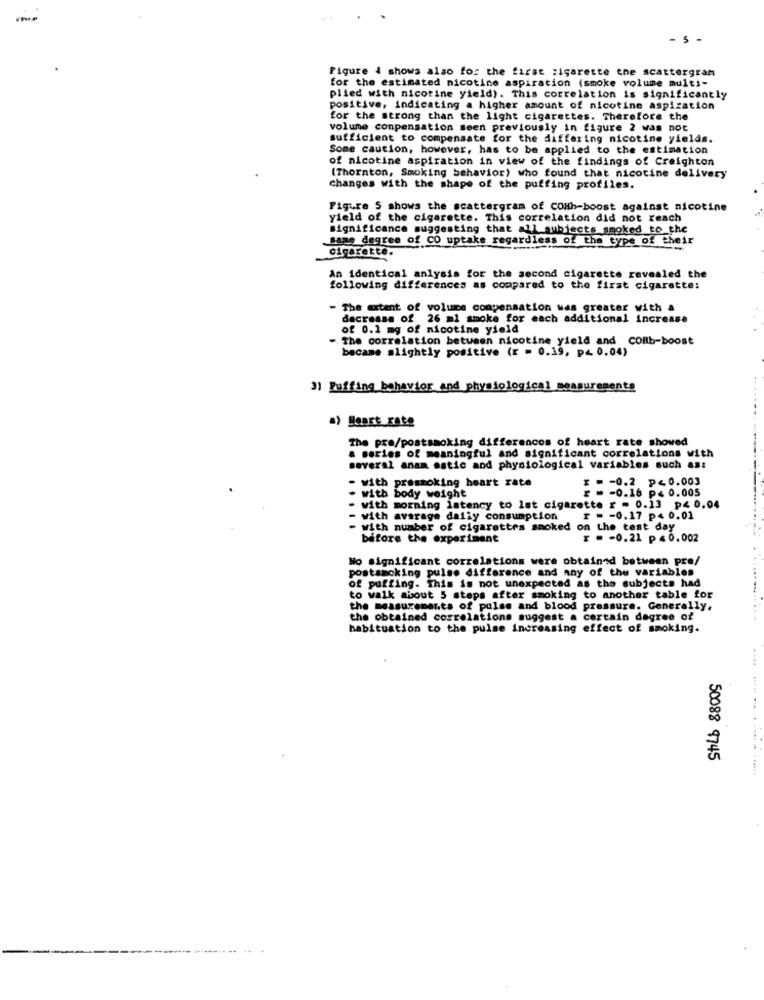
-5
Figure 4 shows also for the first zigarette the scattergram
for the estimated nicotine aspiration (smoke volume multi-
plied with nicotine yield). This correlation is significantly
positive, indicating a higher amount of nicotine aspiration
for the strong than the light cigarettes. Therefore the
volume compensation seen previously in figure 2 was not
sufficient to compensate for the differing nicotine yields.
Some caution, however, has to be applied to the estimation
of nicotine aspiration in view of the findings of Creighton
(Thornton, Smoking behavior) who found that nicotine delivery
changes with the shape of the puffing profiles.
Figure 5 shows the scattergram of CONh-boost against nicotine
yield of the cigarette. This correlation did not reach
significance suggesting that all subjects_smoked to_the
Same degree of CO uptake regardless of the type of their
cigarette.
An identical anlysis for the second cigarette revealed the
following differences as compared to the first cigarette:
The extent of volume compensation was greater with a
dacressa of 26 ml smoke for each additional increase
of 0.1 mg of nicotine yield
The correlation between nicotine yield and CORb-boost
became slightly positive (r = 0.19, p< 0.04)
31 Puffing behavior and physiological measurements
.....
a) Heart rate
The pre/postsmoking differences of heart rate showed
a series of meaningful and significant correlations with
several anam astic and physiological variables such as:
- with prestoking heart rate
* = - 0.2 p<0.003
with body weight
- - 0.16 p< 0.005
- with morning latency to lat cigarette r = 0.13 p< 0,04
with average daily consumption
r . - 0.17 p< 0.01
with number of cigarettes smoked on the test day
before the experiment
₹ = - 0.21 p =0.002
No significant correlations were obtained between pre/
postamcking pulse difference and any of the variables
of puffing. This is not unexpected as the subjects had
to walk about 5 steps after smoking to another table for
the measurements of pulse and blood pressure. Generally,
the obtained correlations suggest a certain degree of
- -
habituation to the pulse increasing effect of smoking.
....
50088 9745
.... ..